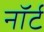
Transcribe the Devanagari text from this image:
नॉर्ट